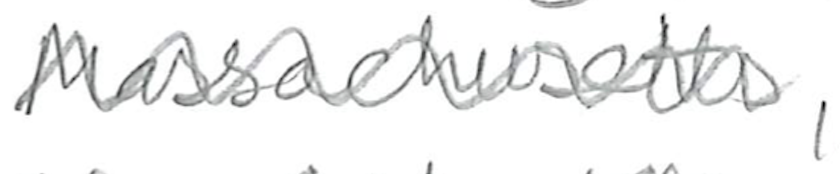
Text: Massachusetts,
Cross-out: zig-zag
Writing tool: pencil